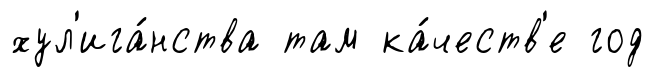
хул'ига́нства там ка́честв'е год